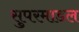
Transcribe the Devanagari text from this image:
सुपरमाडल